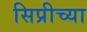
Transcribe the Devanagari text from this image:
सिप्रीच्या